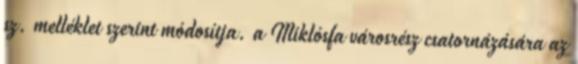
sz. melléklet szerint módosítja. a Miklósfa városrész csatornázására az